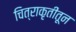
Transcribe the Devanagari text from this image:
चित्राकृतींतून